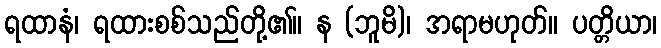
ရထာနံ၊ ရထားစစ်သည်တို့၏။ န (ဘူမိ)၊ အရာမဟုတ်။ ပတ္တိယာ၊